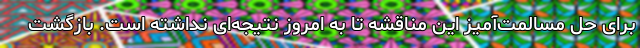
برای حل مسالمت‌آمیز این مناقشه تا به امروز نتیجه‌ای نداشته است. بازگشت